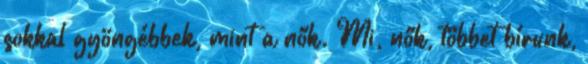
sokkal gyöngébbek, mint a nők. Mi, nők, többet bírunk,